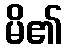
မိ၏